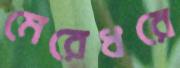
মেরেধরে